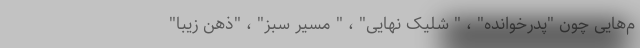
م‌هایی چون "پدرخوانده" ، " شلیک نهایی" ، " مسیر سبز" ، "ذهن زیبا"